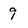
Character: 9